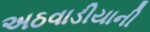
અઠવાડીયાની